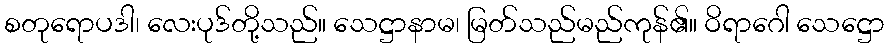
စတုရောပဒါ၊ လေးပုဒ်တို့သည်။ သေဋ္ဌာနာမ၊ မြတ်သည်မည်ကုန်၏။ ဝိရာဂေါ သေဋ္ဌော